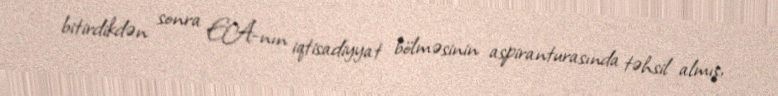
bitirdikdən sonra EA-nın iqtisadiyyat bölməsinin aspiranturasında təhsil almış,